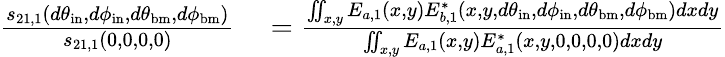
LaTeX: \begin{array}{rl}{\frac{s_{21,1}(d\theta_{\mathrm{in}},d\phi_{\mathrm{in}},d\theta_{\mathrm{bm}},d\phi_{\mathrm{bm}})}{s_{21,1}(0,0,0,0)}}&{{}=\frac{\iint_{x,y}E_{a,1}(x,y)E_{b,1}^{*}(x,y,d\theta_{\mathrm{in}},d\phi_{\mathrm{in}},d\theta_{\mathrm{bm}},d\phi_{\mathrm{bm}})dxdy}{\iint_{x,y}E_{a,1}(x,y)E_{a,1}^{*}(x,y,0,0,0,0)dxdy}}\end{array}